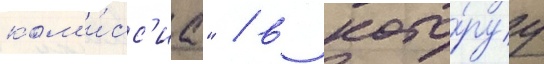
ком'и́сс'иа" / в кото́руу